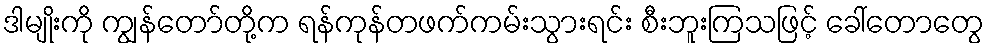
ဒါမျိုးကို ကျွန်တော်တို့က ရန်ကုန်တဖက်ကမ်းသွားရင်း စီးဘူးကြသဖြင့် ခေါ်တောတွေ